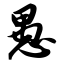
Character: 愚